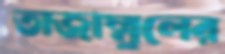
তাজাম্মুলের